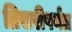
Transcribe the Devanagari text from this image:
तिसरीपर्यंत